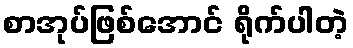
စာအုပ်ဖြစ်အောင် ရိုက်ပါတဲ့